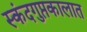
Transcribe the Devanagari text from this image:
स्कंदगुप्तकालात